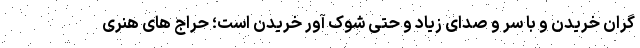
گران خریدن و با سر و صدای زیاد و حتی شوک آور خریدن است؛ حراج های هنری